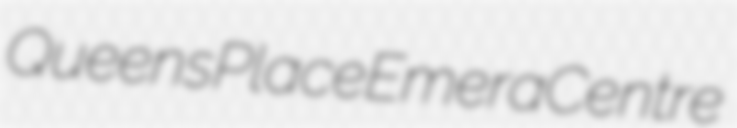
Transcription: Queens Place Emera Centre